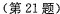
(第21题)